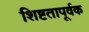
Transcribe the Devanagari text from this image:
शिष्टतापूर्वक